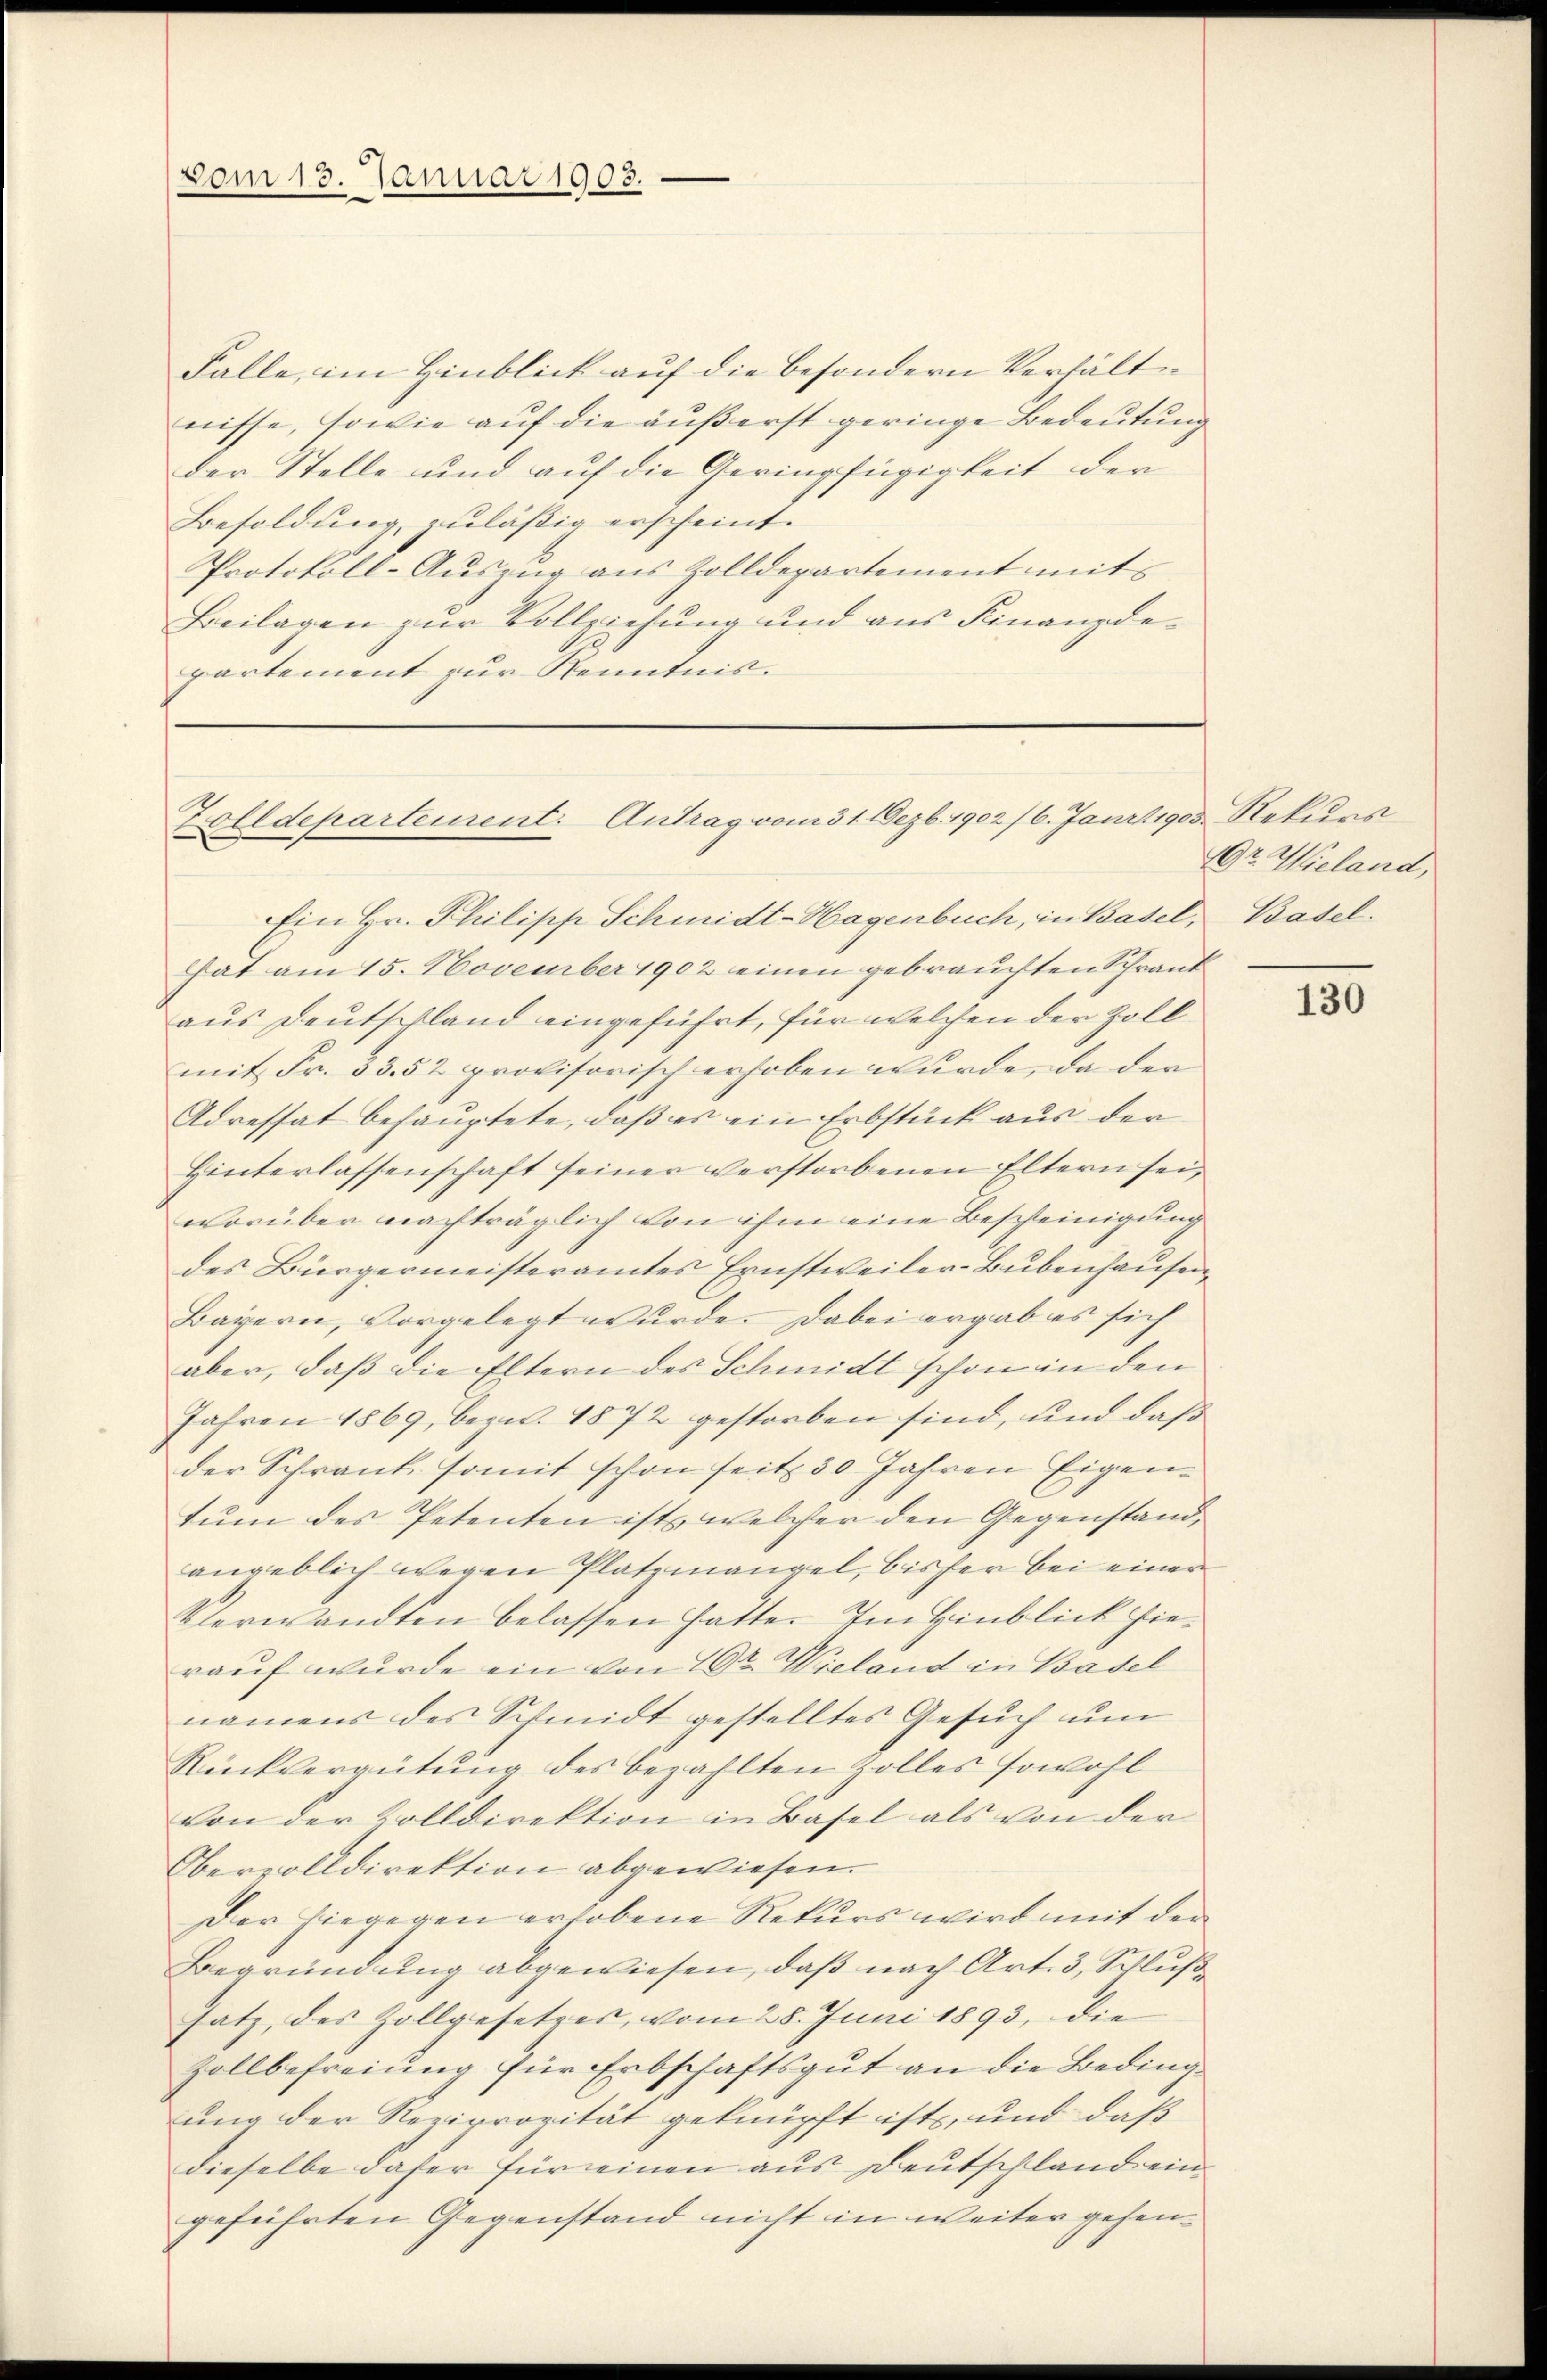
vom 13. Januar 1903.

Falle, im Hinblick auf die besondern Verhältnisse, sowie auf die äußerst geringe Bedeutung
der Stelle und auf die Geringfügigkeit der
Besoldung zuläßig erscheint.
Protokoll-Auszug aus Zolldepartement mit
Beilagen zur Vollziehung und aus Finanzdepartement zur Kenntnis.

Zolldepartement. Antrag vom 31. Dezbr. 1902/6. Janrt 903. Rekurs

Ein Hr. Philipp Schmidt-Hagenbuch, in Basel, Basel.
Hat am 15. November 1902 einen gebrauchten Schrank
aus Deutschland eingeführt, für welchen der Zoll
mit Fr. 33. 52 provisorisch erhoben wurde, da der
Adressat behauptete, daß es ein Erbstück aus der
Hinterlassenschaft seiner verstorbenen Eltern sei,
worüber nachträglich von ihm eine Bescheinigung
des Bürgermeisteramtes Ernstweiler-Bubenhausen,
Bayern, vorgelegt wurde. Dabei ergab es sich
aber, daß die Eltern des Schmidt schon in den
Jahren 1869, bezw. 1872 gestorben sind, und daß
der Schrank, somit schon seit 30 Jahren Eigentum des Petenten ist, welcher den Gegenstand,
angeblich wegen Platzmangel, bisher bei einer
Verwandten belassen hatte. Im Hinblick hierauf wurde ein von 20t Wieland in Basel
namens des Schmidt gestelltes Gesuch um
Rückvergütung des bezahlten zolles sowohl
von der Zolldirektion in Basel als von der
Obervolldirektion abgewiesen.
Der hiegegen erhobene Rekurs wird mit der
Begründung abgewiesen, daß nach Art. 3, Schluß
satz, des Zollgesetzes, vom 28. Juni 1893, die
Zollbefreiung für Erbschaftsgut an die Bedingung der Reviprozität geknüpft ist, und daß
dieselbe daher für einen aus Deutschland ein
geführten Gegenstand nicht in weiter gehen¬

r. Wieland,

130